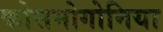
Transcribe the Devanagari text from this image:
कोसमोगोनिया